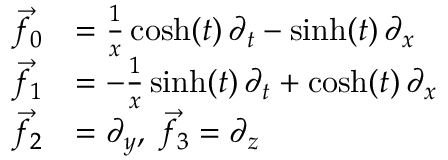
{ \begin{array} { r l } { { \vec { f } } _ { 0 } } & { = { \frac { 1 } { x } } \cosh ( t ) \, \partial _ { t } - \sinh ( t ) \, \partial _ { x } } \\ { { \vec { f } } _ { 1 } } & { = - { \frac { 1 } { x } } \sinh ( t ) \, \partial _ { t } + \cosh ( t ) \, \partial _ { x } } \\ { { \vec { f } } _ { 2 } } & { = \partial _ { y } , \; { \vec { f } } _ { 3 } = \partial _ { z } } \end{array} }